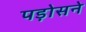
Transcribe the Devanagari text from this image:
पड़ोसने